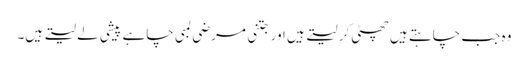
وہ جب چاہتے ہیں چھٹی کر لیتے ہیں اور جتنی مرضی لمبی چاہے پیشی لے لیتے ہیں۔